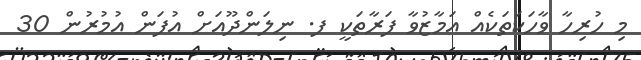
މި ހުރިހާ ވާހަކަތަކެއް އަމާޒުވާ ފަރާތަކީ ފ. ނިލަންދޫއަށް އުފަން އުމުރުން 30